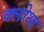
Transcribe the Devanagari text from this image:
क्लोथ्ड